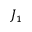
J _ { 1 }